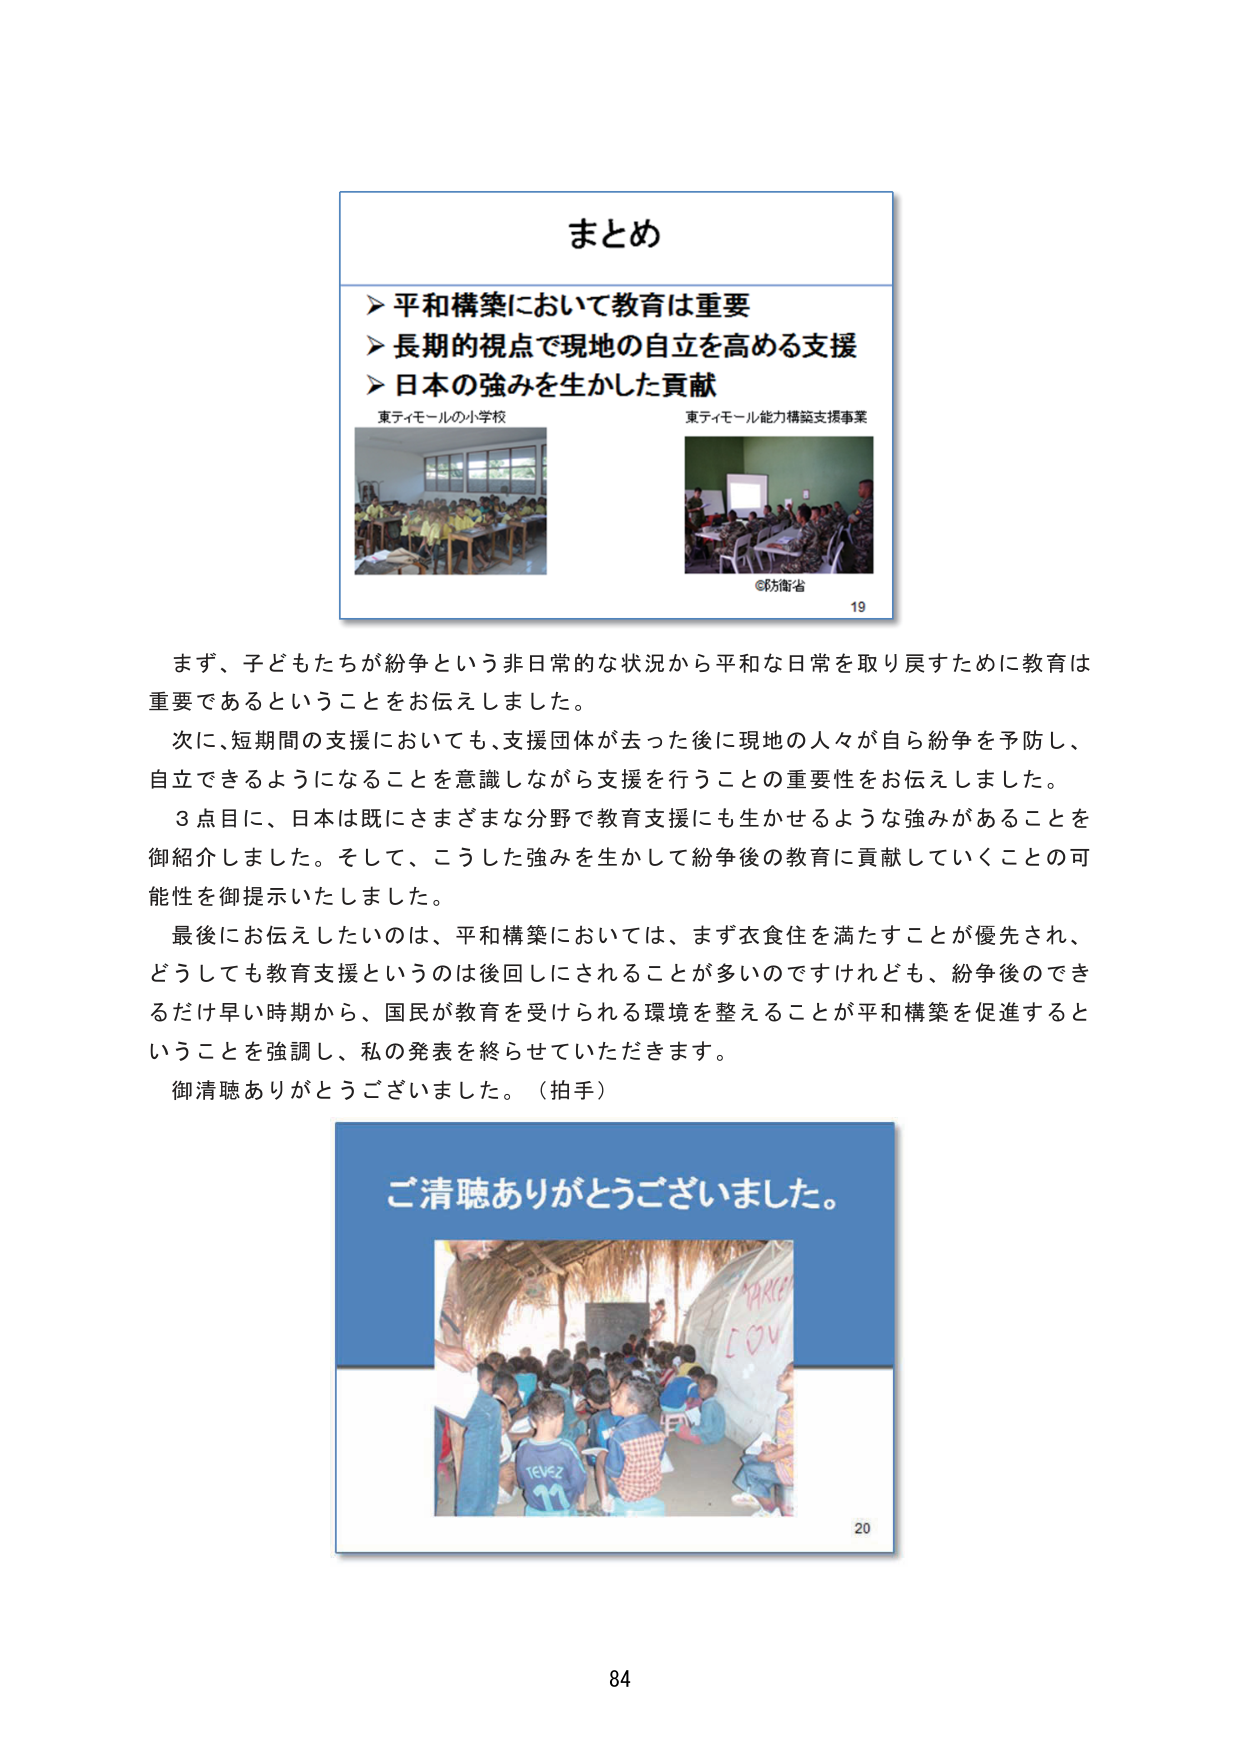
まとめ

▶ 平和構築において教育は重要
▶ 長期的視点で現地の自立を高める支援
▶ 日本の強みを生かした貢献

東ティモールの小学校
東ティモール能力構築支援事業
©防衛省
19

まず、子どもたちが紛争という非日常的な状況から平和な日常を取り戻すために教育は重要であるということをお伝えしました。
次に、短期間の支援においても、支援団体が去った後に現地の人々が自ら紛争を予防し、自立できるようになることを意識しながら支援を行うことの重要性をお伝えしました。
3点目、日本は既にさまざまな分野で教育支援にも生かせるような強みがあることを御紹介しました。そして、こうした強みを生かして紛争後の教育に貢献していくことの可能性を御提示いたしました。
最後にお伝えしたいのは、平和構築においては、まず衣食住を満たすことが優先され、どうしても教育支援というのは後回しにされることが多いのですけれども、紛争後のできるだけ早い時期から、国民が教育を受けられる環境を整えることが平和構築を促進するということを強調し、私の発表を終らせていただきます。
御清聴ありがとうございました。（拍手）

ご清聴ありがとうございました。
20

84